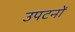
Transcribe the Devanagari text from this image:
उपटनों